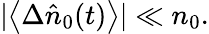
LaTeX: |\big<\Delta\hat{n}_{0}(t)\big>|\ll n_{0}.